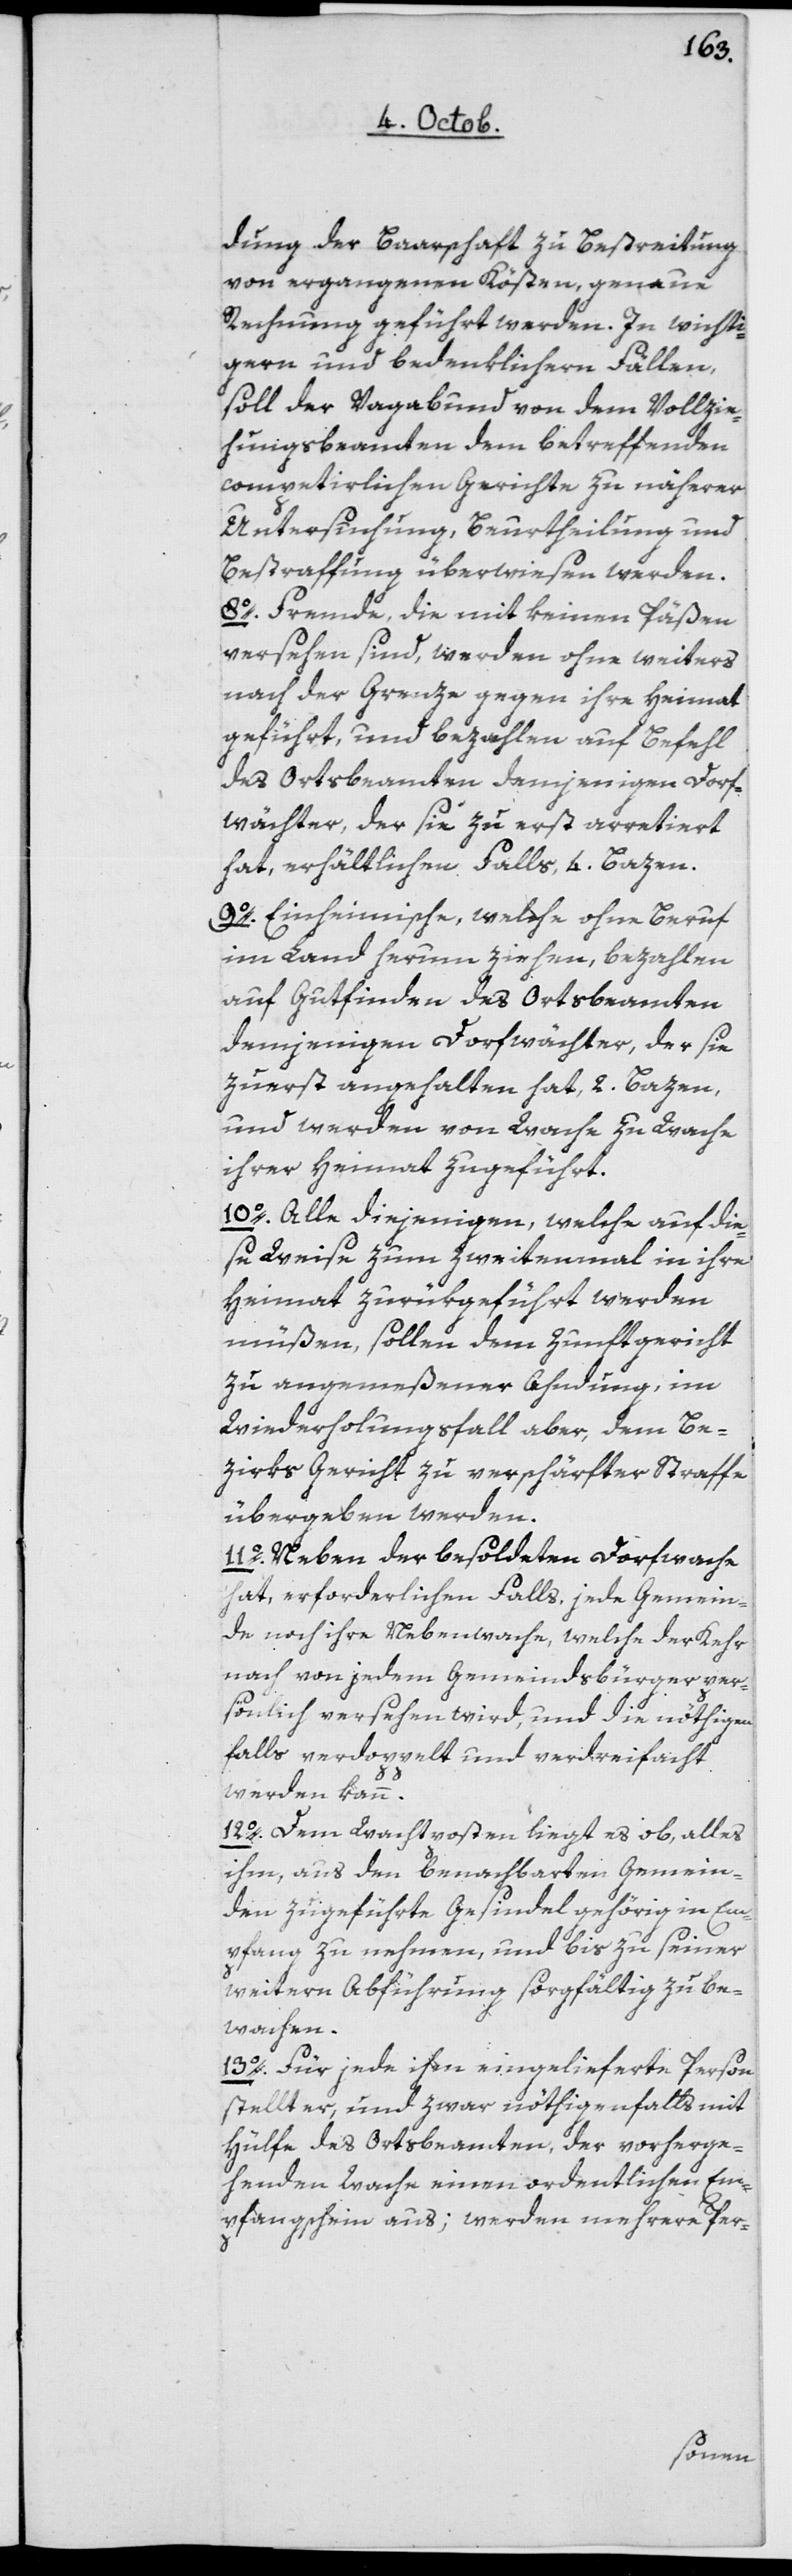
dung der Baarschaft zu Bestreitung
von ergangenen Kösten genaue
Rechnung geführt werden. In wichti¬
gern und bedenklichern Fällen,
soll der Vagabund von dem Vollzie¬
hungsbeamten dem betreffenden
competierlichen Gerichte zu näherer
Untersuchung, Beurtheilung und
Bestrafung überwiesen werden.
8o Fremde, die mit keinen Päßen
versehen sind, werden ohne weiters
nach der Gränzegegen ihre Heimat
geführt, und bezahlen auf Befehl
des Ortsbeamten demjenigen Dorf¬
wächter, der sie zu erst arretiert
hat, erhältlichen Falls 4 Bazen.
9o Einheimische, welche ohne Beruf
im Land herum ziehen, bezahlen
auf Gutfinden des Ortsbeamten
demjenigen Dorfwächter, der sie
zuerst angehalten hat, 2 Bazen,
und werden von Wache zu Wache
ihrer Heimat zugeführt.
10o Alle diejenigen, welche auf die¬
se Weise zum zweitenmal in ihre
Heimat zurükgeführt werden
müßen, sollen dem Zunftgericht
zu angemeßener Ahndung, im
Wiederholungsfall aber, dem Be¬
zirks Gericht zu verschärfter Strafe
übergeben werden.
11o Neben der besoldeten Dorfwache
hat erforderlichen Falls, jede Gemein¬
de noch ihre Nebenwache, welche der Kehr
nach von jedem Gemeindsbürger per¬
sönlich versehen wird, und die nöthigen¬
falls verdoppelt und verdreifacht
werden kann.
12o Dem Wachtposten liegt es ob, alles
ihm, aus den benachbarten Gemein¬
den zugeführte Gesindel gehörig in Em¬
pfang zu nehmen, und bis zu seiner
weitern Abführung sorgfältig zu be¬
wachen.
13o Für jede ihm eingelieferte Person
stellt er, und zwar nöthigenfalls mit
Hülfe des Ortsbeamten, der vorherge¬
henden Wache einen ordentlichen Em¬
pfangschein aus; werden mehrere Per-